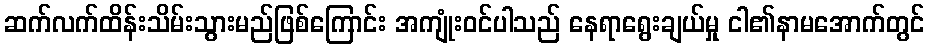
ဆက်လက်ထိန်းသိမ်းသွားမည်ဖြစ်ကြောင်း အကျုံးဝင်ပါသည် နေရာရွေးချယ်မှု ငါ၏နာမအောက်တွင်